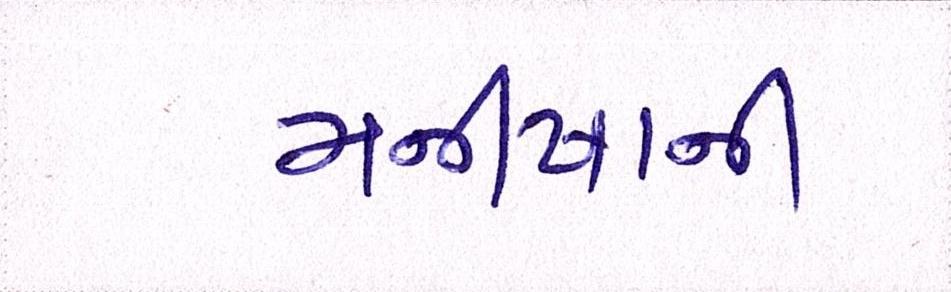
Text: મનીષાની